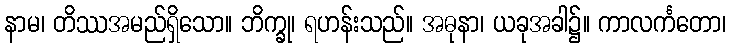
နာမ၊ တိဿအမည်ရှိသော။ ဘိက္ခု၊ ရဟန်းသည်။ အဓုနာ၊ ယခုအခါ၌။ ကာလင်္ကတော၊